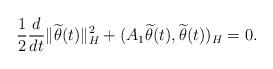
LaTeX: \begin{align*}\frac{1}{2}\frac{d}{dt}\|\widetilde{\theta}(t)\|_{H}^2 + (A_{1}\widetilde{\theta}(t), \widetilde{\theta}(t))_{H} = 0. \end{align*}